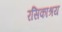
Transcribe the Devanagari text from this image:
रसिकाश्रय